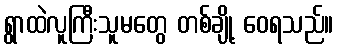
ရွာထဲလူကြီးသူမတွေ တစ်ချို့ ဝေရသည်။